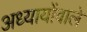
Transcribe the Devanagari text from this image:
अध्यायोंवाले